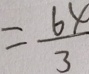
= \frac { 6 4 } { 3 }